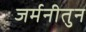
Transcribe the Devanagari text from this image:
जर्मनीतुन